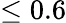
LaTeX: \leq 0.6